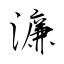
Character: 濂